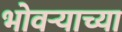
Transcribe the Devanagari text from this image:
भोवर्‍याच्या